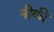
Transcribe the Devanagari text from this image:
नीकी